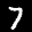
Label: 7